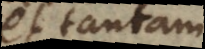
et tantam